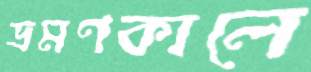
ভ্রমণকালে